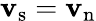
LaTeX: {\mathbf v_{\mathrm{s}}}={\mathbf v_{\mathrm{n}}}